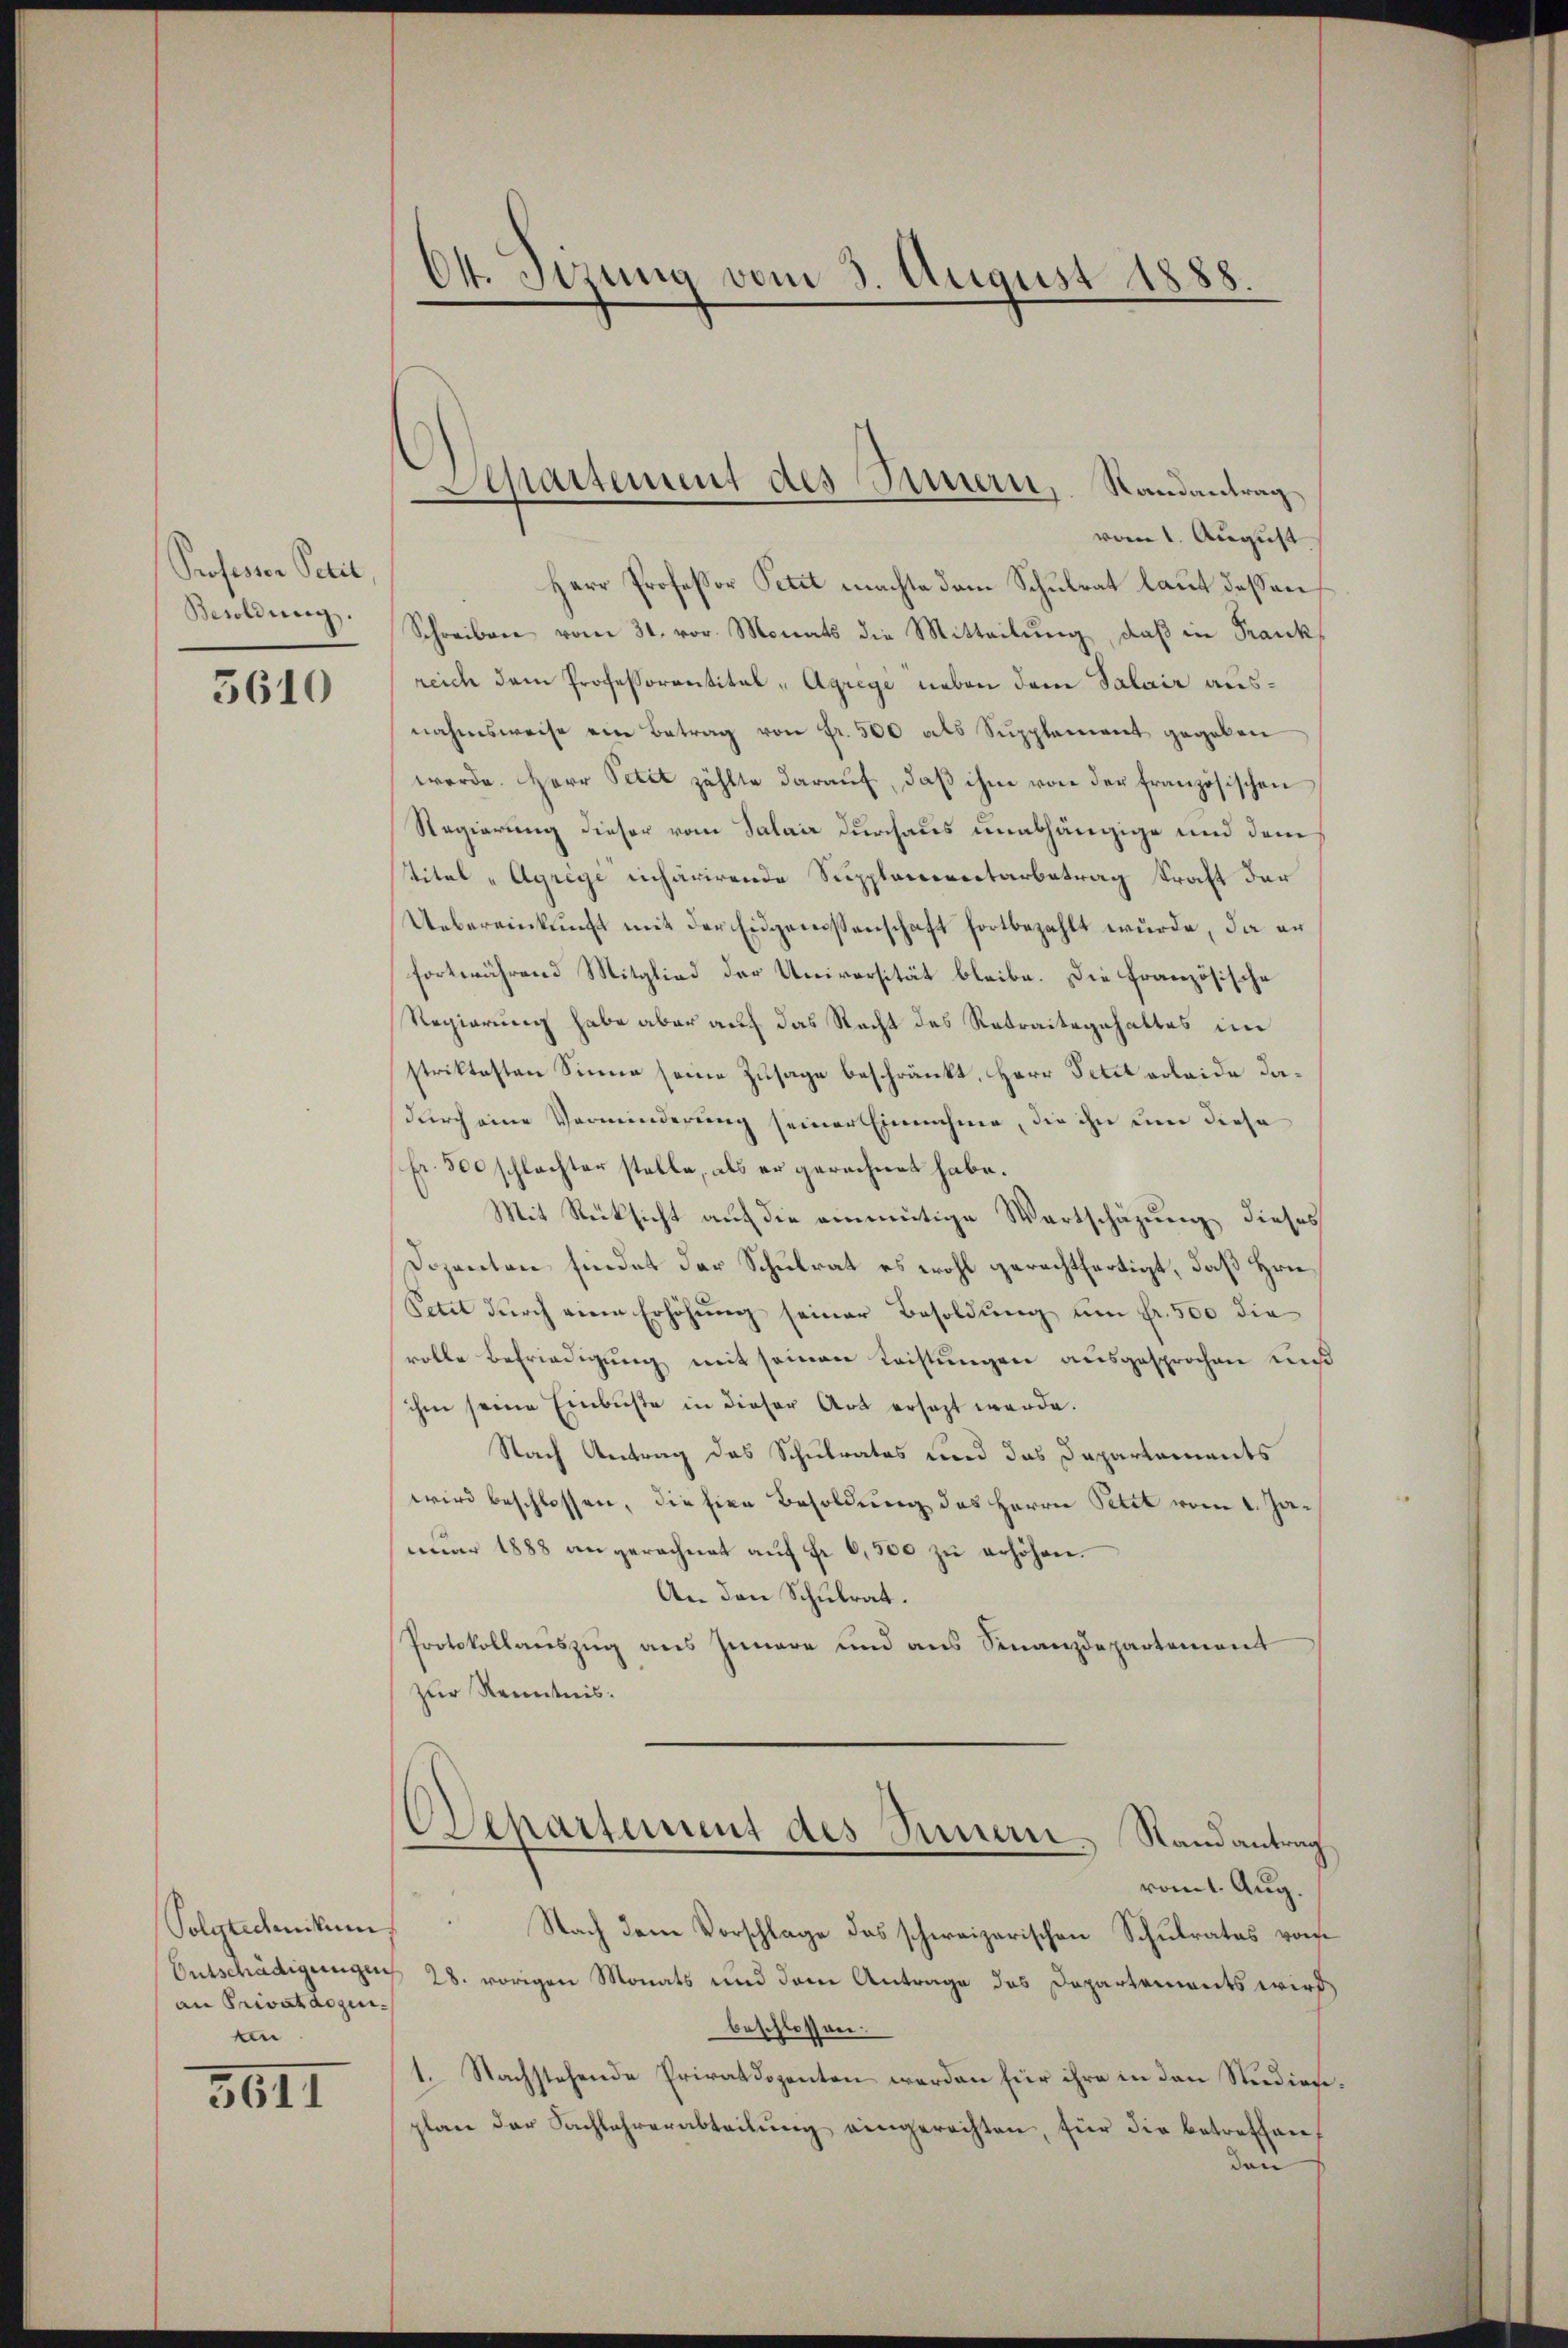
Professor Petit
Besoldung.

3610

Polytechnikum
Entschädigungen
an Privatdozen
n

3611

vom 1. August
Herr Profeßor Petit machte dem Schulrat laut dessen
Schreiben vom 31. vor. Monats die Mitteilung, daß in Frank
reich dem Professorentital - Agrege neben dem Salair ausnahmsweise ein Betrag von Fr. 500 als Supplement gegeben
werde. Herr Petit zählte daraŭf, daβ ihm von der französischen
Regierung dieser vom Salair durchaus unabhängige und dem
stitel "Agrige einhärirende Supplanereitarbetrag kraft der
Uebereinkunft mit der Eidgenossenschaft fortbezahlt wurde, da er
fortwährend Mitglied der Universität bleibe. Die Französische
Regierung habe aber auf das Recht des Retraitsgehaltes im
striktesten Sinne seine Zusage beschränkt, Herr Petit erleide dadurch eine Verminderung seiner Einnahme, die ihn um diese
Fr. 500 schlachter stelle, als er gerechnet habe.
Mit Rücksicht auf die einmütige Wortschäzung dieses
Dozenten findet der Schulrat es wohl gerechtfertigt, daß Hrn.
Petit durch eine Erhöhung seiner Besoldung um Fr. 500 die
rolle Befriedigung mit seinen Leistungen ausgesprochen und
ihm seine Einbüste in dieser Art ersagt werde.
Nach Antrag des Schulrates und das Departements
wird beschlossen, die hier Besoldung des Herrn Petit vom 1. Janŭar 1888 den gerechnet aŭf Fr. 6,500 zŭ erhöhen.
An den Schulrat.
Protokollauszug aus Innere und aus Finanzdepartement
zur Kenntnis.

Ot. Sitzung vom 3. August 1888.

Apartement des Innern, Randantrag,

Separtement des Sinnern, Randantrag
vom 1. Aug.

Nach dem Vorschlage das schweizerischen Schulrates von
 28. vorigen Monats und dem Antrage des Departements wird
beschlossen.
1. Nachstehende Privatdozenten werden für ihre in den Studieneplan der Sachlehrerabteilŭng eingerechten, für die betreffen,
den